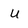
Character: u